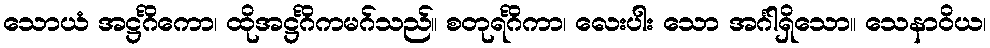
သောယံ အဋ္ဌင်္ဂိကော၊ ထိုအဋ္ဌင်္ဂိကမဂ်သည်။ စတုရင်္ဂိကာ၊ လေးပါး သော အင်္ဂါရှိသော။ သေနာဝိယ၊